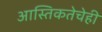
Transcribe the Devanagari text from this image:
आस्तिकतेचेही